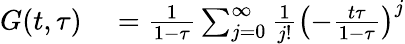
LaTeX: \begin{array}{rl}{G(t,\tau)}&{{}=\frac{1}{1-\tau}\sum_{j=0}^{\infty}\frac{1}{j!}\left(-\frac{t\tau}{1-\tau}\right)^{j}}\end{array}